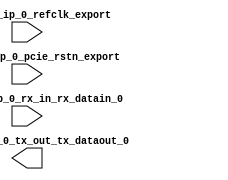

module pcie_core_mem (
	pcie_hard_ip_0_pcie_rstn_export,
	pcie_hard_ip_0_refclk_export,
	pcie_hard_ip_0_rx_in_rx_datain_0,
	pcie_hard_ip_0_tx_out_tx_dataout_0);	

	input		pcie_hard_ip_0_pcie_rstn_export;
	input		pcie_hard_ip_0_refclk_export;
	input		pcie_hard_ip_0_rx_in_rx_datain_0;
	output		pcie_hard_ip_0_tx_out_tx_dataout_0;
endmodule